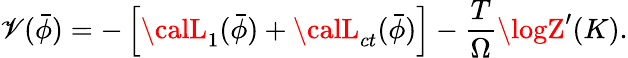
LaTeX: \mathscr{V}(\bar{{\phi}})=-\left[{\calL}_{1}(\bar{{\phi}})+{\calL}_{ct}(\bar{{\phi}})\right]-\frac{{T}}{{\Omega}}\logZ^{\prime}(K).